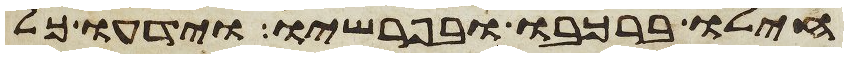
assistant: חילו ברכבו ובפרשיו וידעו כל